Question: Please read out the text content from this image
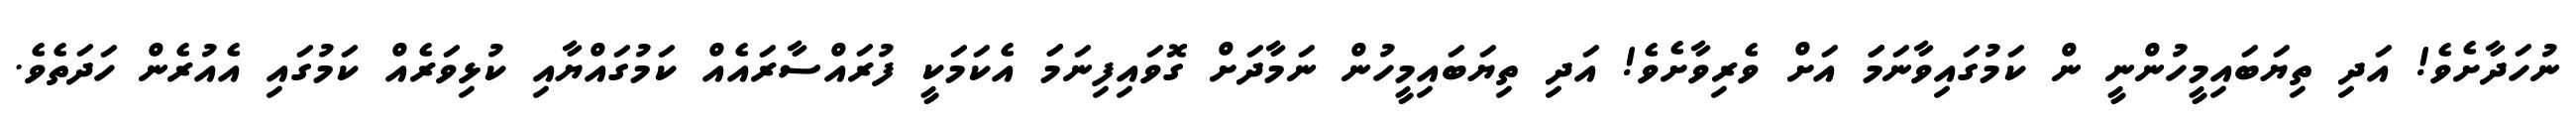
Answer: ނުހަދާށެވެ! އަދި ތިޔަބައިމީހުންނީ ން ކަމުގައިވާނަމަަ އަށް ވެރިވާށެވެ! އަދި ތިޔަބައިމީހުން ނަމާދަށް ގޮވައިފިނަމަަ އެކަމަކީ ފުރައްސާރައެއް ކަމުގައްޔާއި ކުޅިވަރެއް ކަމުގައި އެއުރެން ހަދަތެވެ.